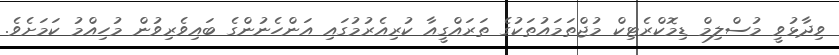
ވިދާޅުވީ މުސްލިމް ޑިމޮކްރެޓިކް މުޖްތަމައުތަކުގެ ތަރައްގީއާ ކުރިއެރުމުގައި އަންހެނުންގެ ބައިވެރިވުން މުހިއްމު ކަމަށެވެ.